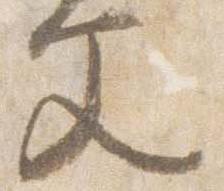
文